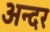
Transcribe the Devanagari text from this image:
अन्दर